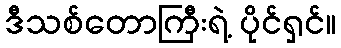
ဒီသစ်တောကြီးရဲ့ ပိုင်ရှင်။